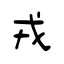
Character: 戎